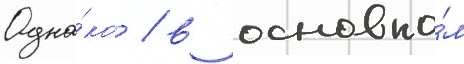
Одна́ко / в основно́м